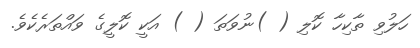
ހަލުވި ތާކިހާ ކޮލި ( )ނުވަތަ ( ) އަކީ ކޮލީގެ ވައްތަރެކެވެ.